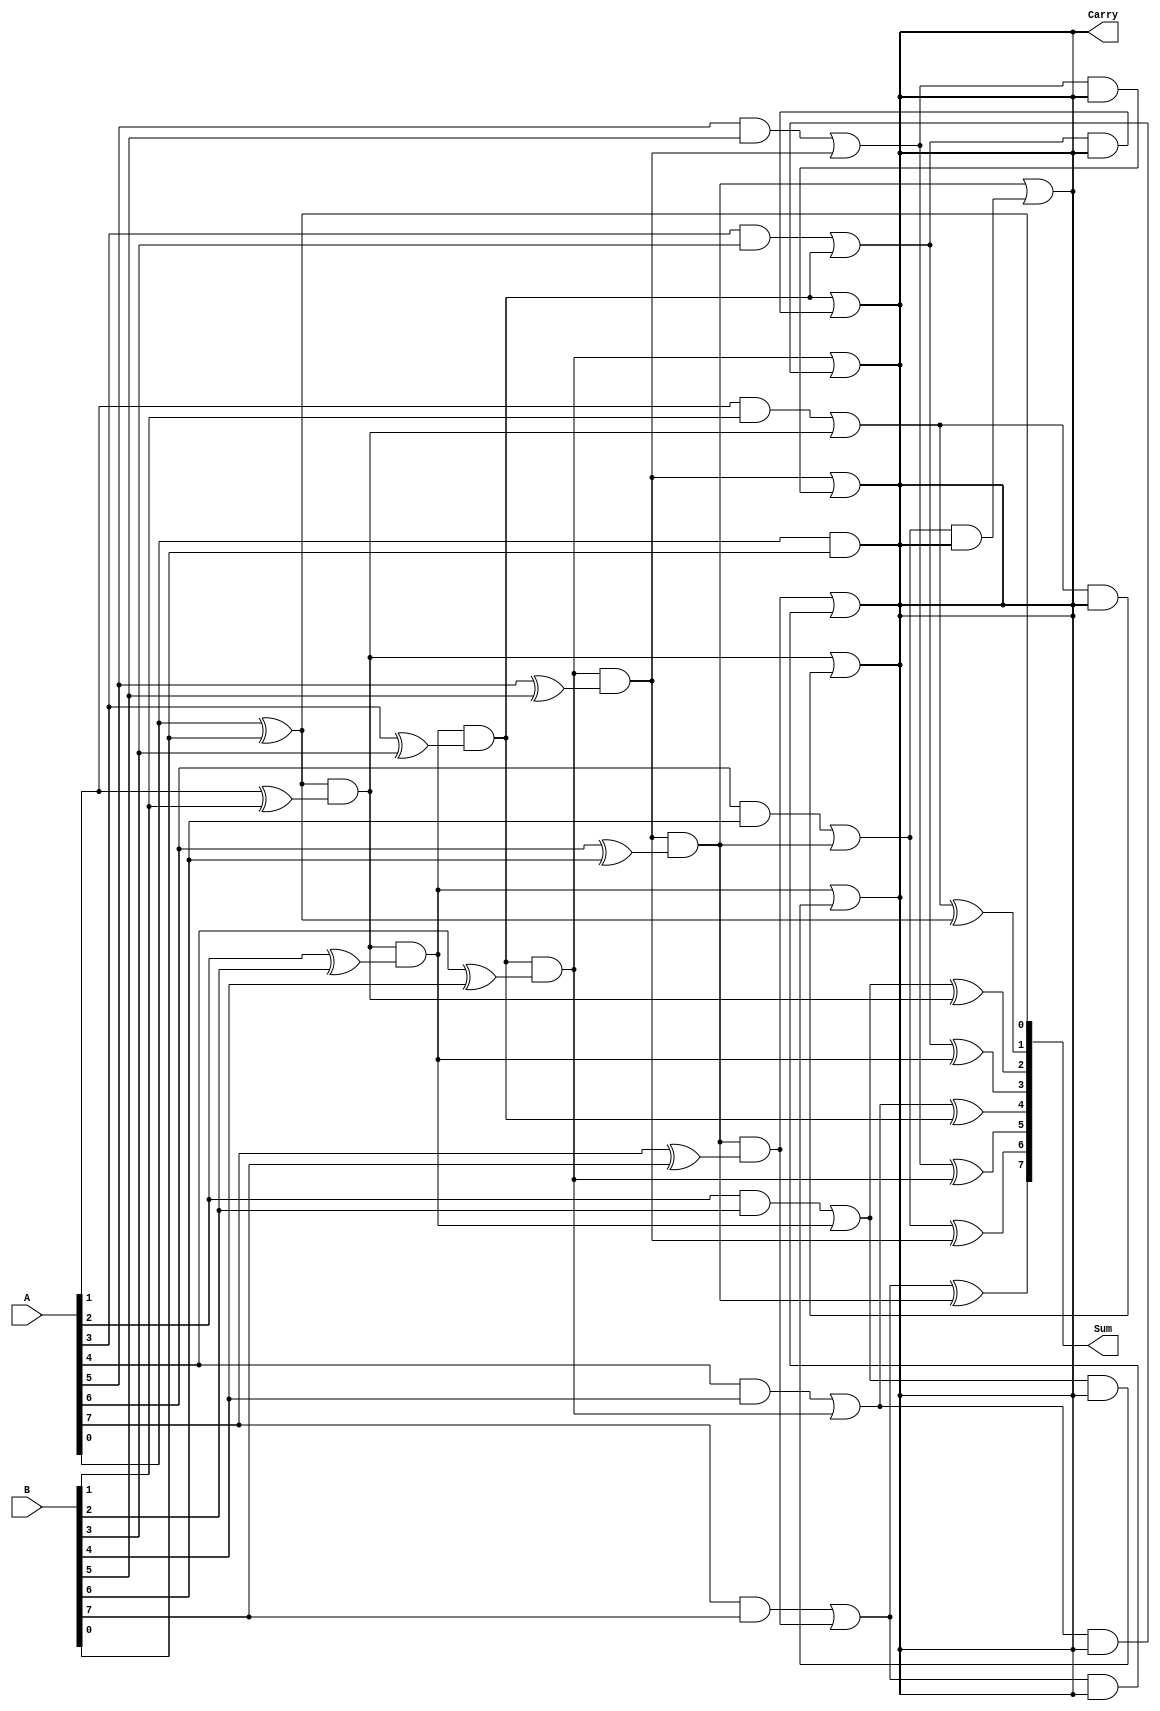
module Kogge_Stone_Adder(
    input [7:0] A,
    input [7:0] B,
    output reg [8:0] Sum,
    output reg Carry
);

reg [8:0] G[7:0];
reg [8:0] P[7:0];

assign G[0] = A[0] ^ B[0];
assign P[0] = A[0] & B[0];

genvar i;
generate
    for (i = 1; i < 8; i = i + 1) begin
        assign G[i] = G[i-1] & (A[i] ^ B[i]);
        assign P[i] = (A[i] & B[i]) | (G[i-1] & (A[i] ^ B[i]));
    end
endgenerate

assign Sum[0] = A[0] ^ B[0];
assign Carry = A[0] & B[0];

generate
    for (i = 1; i < 8; i = i + 1) begin
        assign Sum[i] = P[i] ^ G[i-1];
        assign Carry = G[i] | (P[i] & Carry);
    end
endgenerate

endmodule